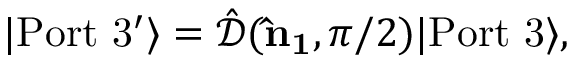
\begin{array} { r } { | \mathrm { P o r t \ 3 ^ { \prime } } \rangle = \hat { \mathcal { D } } ( { \bf \hat { n } _ { 1 } } , \pi / 2 ) | \mathrm { P o r t \ 3 } \rangle , } \end{array}